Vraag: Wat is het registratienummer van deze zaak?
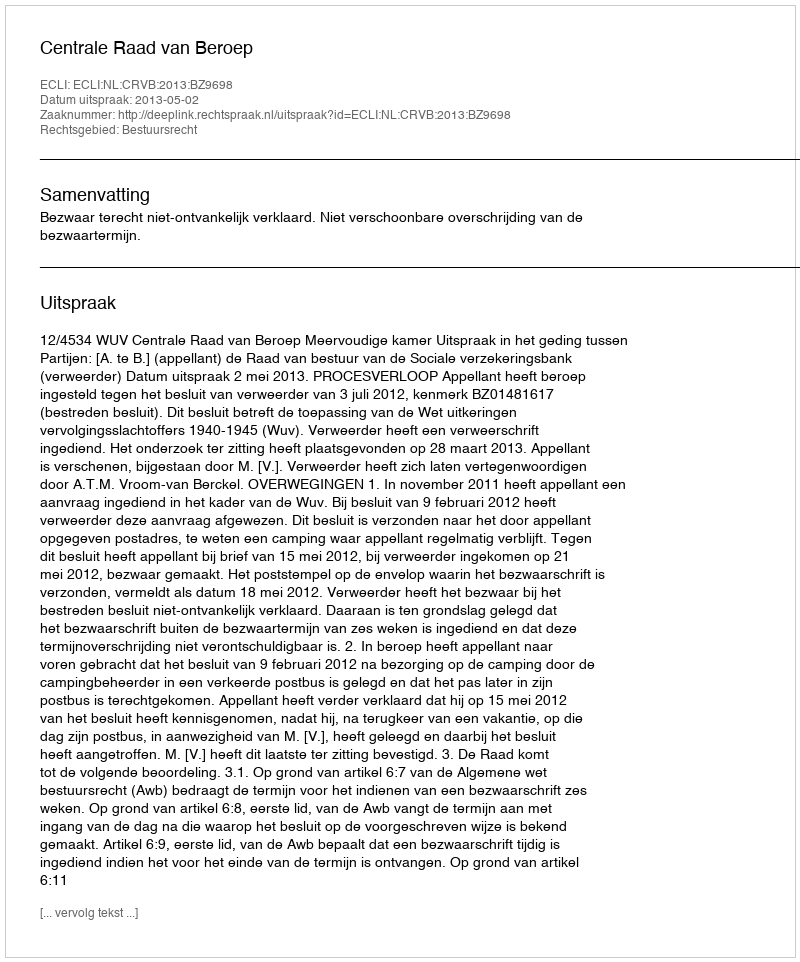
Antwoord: http://deeplink.rechtspraak.nl/uitspraak?id=ECLI:NL:CRVB:2013:BZ9698